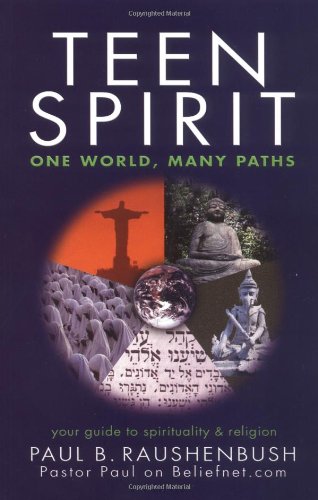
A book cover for Teen Spirit: One World, Many Paths; Paul Raushenbush; Teen & Young Adult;